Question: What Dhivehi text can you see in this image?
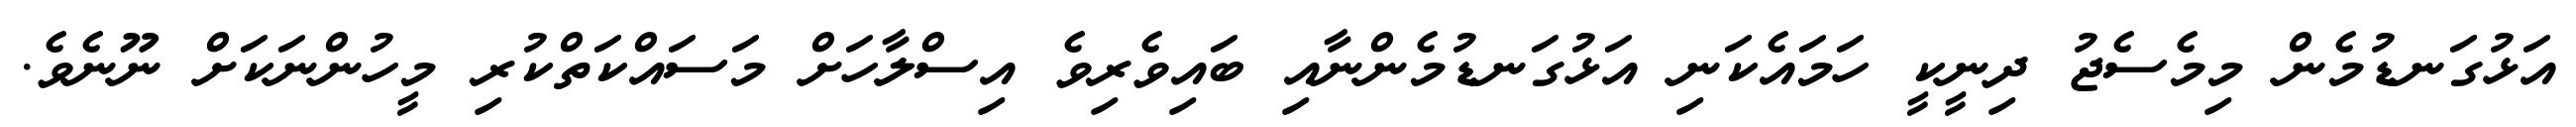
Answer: އަޅުގަނޑުމެން މިމެސެޖު ދިނީކީ ހަމައެކަނި އަޅުގަނޑުމެންނާއި ބައިވެރިވެ އިސްލާހަށް މަސައްކަތްކުރި މީހުންނަކަށް ނޫނެވެ.